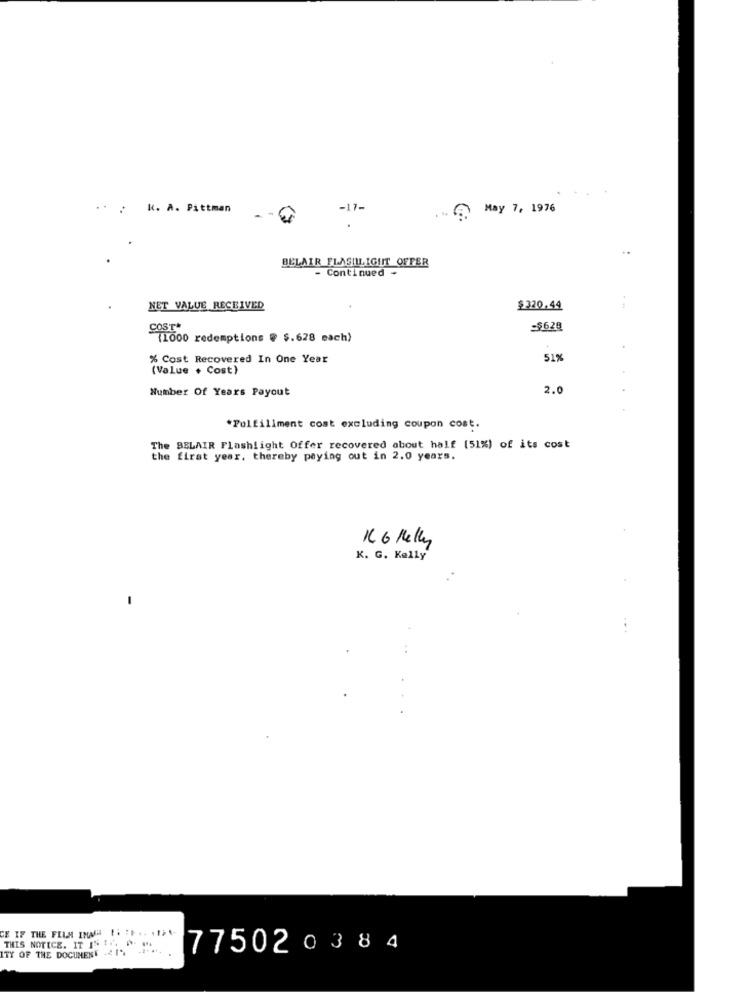
.. . k. A. Pittman
-17 -
... . May 7, 1976
...
BELAIR FLASHLIGHT OFFER
- Continued +
NET VALUE RECEIVED
$320.44
COST.
=$628
(1000 redemptions @ $.628 each)
% Cost Recovered In One Year
51%
(Value + Cost)
Number Of Years Payout
2.0
*Fulfillment cost excluding coupon cost.
The BELAIR Flashlight Offer recovered about half (51%) of its cost
the first year. thereby paying out in 2.0 years.
16 6 Melly
K. G. Kelly
CE IF THE FILM IMAGE . .. .. .....
ITY OF THE DOCUMENT .41 -...
THIS NOTICE. IT IS 1 .. .
77502 0384